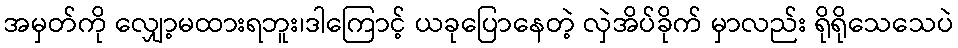
အမှတ်ကို လျှော့မထားရဘူး၊ဒါကြောင့် ယခုပြောနေတဲ့ လှဲအိပ်ခိုက် မှာလည်း ရိုရိုသေသေပဲ